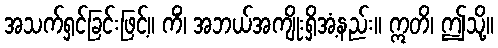
အသက်ရှင်ခြင်းဖြင့်။ ကိံ၊ အဘယ်အကျိုးရှိအံ့နည်း။ ဣတိ၊ ဤသို့။